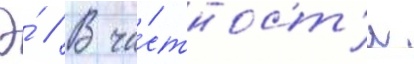
Э́ // В ча́стност'и